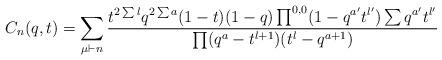
LaTeX: \begin{align*}C_n(q,t) = \sum_{\mu \vdash n} \dfrac{t^{2\sum l} q^{2\sum a}(1-t)(1-q) \prod_{}^{0,0} (1-q^{a'} t^{l'}) \sum q^{a'}t^{l'}}{\prod (q^{a} - t^{l +1})(t^{l} -q^{a+1})}\end{align*}